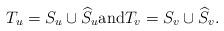
LaTeX: \begin{align*} T_{u}=S_{u}\cup\widehat{S}_{u}\mbox{and}T_{v}=S_{v}\cup\widehat{S}_{v}.\end{align*}